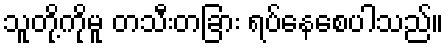
သူတို့ကိုမူ တသီးတခြား ရပ်နေစေပါသည်။